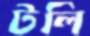
টলি